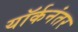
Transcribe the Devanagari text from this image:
यॉर्कनंतर